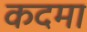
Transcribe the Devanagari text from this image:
कदमा